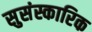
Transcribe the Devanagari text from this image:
सुसंस्कारिक